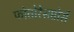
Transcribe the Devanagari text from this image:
फोतोरेसप्तोर्स